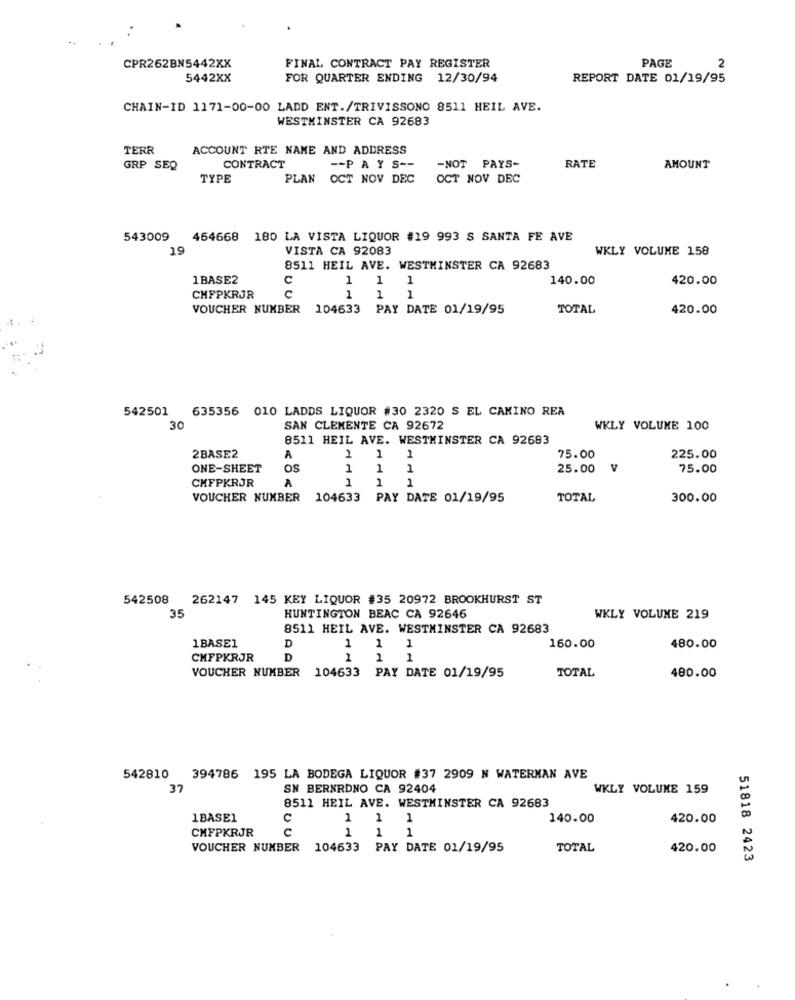
CPR262BN5442XX
FINAL CONTRACT PAY REGISTER
PAGE
2
5442XX
FOR QUARTER ENDING 12/30/94
REPORT DATE 01/19/95
CHAIN-ID 1171-00-00 LADD ENT./TRIVISSONO 8511 HEIL AVE.
WESTMINSTER CA 92683
TERR
ACCOUNT RTE NAME AND ADDRESS
GRP SEQ
CONTRACT
-- PAYS --
-NOT PAYS-
RATE
AMOUNT
TYPE
PLAN OCT NOV DEC
OCT NOV DEC
543009
464668 180 LA VISTA LIQUOR #19 993 S SANTA FE AVE
19
VISTA CA 92083
WKLY VOLUME 158
8511 HEIL AVE. WESTMINSTER CA 92683
1BASE2
c
1
1
140.00
420.00
c
CHFPKRJR
1
1 1
VOUCHER NUMBER 104633 PAY DATE 01/19/95
TOTAL
420.00
542501
635356 010 LADDS LIQUOR #30 2320 S EL CAMINO REA
30
SAN CLEMENTE CA 92672
WKLY VOLUME 100
8511 HEIL AVE. WESTMINSTER CA 92683
2BASE2
A
2
1
1
75.00
225.00
ONE-SHEET
os
1
1
1
25.00
v
75.00
A
1
1
CHFPKRJR
1
VOUCHER NUMBER 104633 PAY DATE 01/19/95
TOTAL
300.00
542508 262147 145 KEY LIQUOR #35 20972 BROOKHURST ST
35
HUNTINGTON BEAC CA 92646
WKLY VOLUME 219
8511 HEIL AVE. WESTMINSTER CA 92683
1BASE1
1
D
1
1
160.00
480.00
CHFPKRJR
D
2
1
1
VOUCHER NUMBER 104633 PAY DATE 01/19/95
TOTAL
480.00
542810 394786 195 LA BODEGA LIQUOR #37 2909 N WATERMAN AVE
37
SN BERNRONO CA 92404
WKLY VOLUME 159
8511 HEIL AVE. WESTMINSTER CA 92683
1BASE1
C
1
1 1
140.00
420.00
CHFPKRJR
C
1
1 1
VOUCHER NUMBER 104633 PAY DATE 01/19/95
TOTAL
420.00
51818 2423